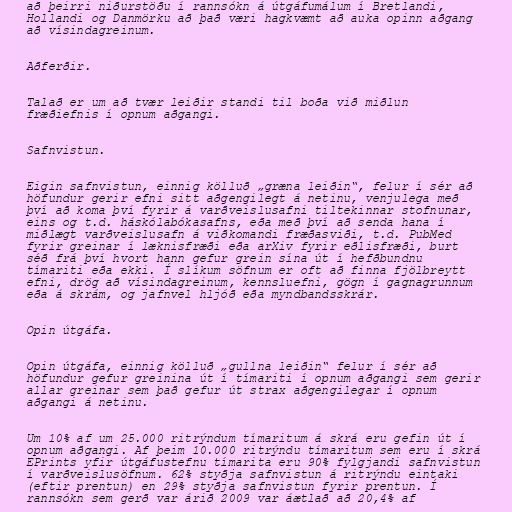
að þeirri niðurstöðu í rannsókn á útgáfumálum í Bretlandi,
Hollandi og Danmörku að það væri hagkvæmt að auka opinn aðgang
að vísindagreinum.

Aðferðir.

Talað er um að tvær leiðir standi til boða við miðlun
fræðiefnis í opnum aðgangi.

Safnvistun.

Eigin safnvistun, einnig kölluð „græna leiðin“, felur í sér að
höfundur gerir efni sitt aðgengilegt á netinu, venjulega með
því að koma því fyrir á varðveislusafni tiltekinnar stofnunar,
eins og t.d. háskólabókasafns, eða með því að senda hana í
miðlægt varðveislusafn á viðkomandi fræðasviði, t.d. PubMed
fyrir greinar í læknisfræði eða arXiv fyrir eðlisfræði, burt
séð frá því hvort hann gefur grein sína út í hefðbundnu
tímariti eða ekki. Í slíkum söfnum er oft að finna fjölbreytt
efni, drög að vísindagreinum, kennsluefni, gögn í gagnagrunnum
eða á skrám, og jafnvel hljóð eða myndbandsskrár.

Opin útgáfa.

Opin útgáfa, einnig kölluð „gullna leiðin“ felur í sér að
höfundur gefur greinina út í tímariti í opnum aðgangi sem gerir
allar greinar sem það gefur út strax aðgengilegar í opnum
aðgangi á netinu.

Um 10% af um 25.000 ritrýndum tímaritum á skrá eru gefin út í
opnum aðgangi. Af þeim 10.000 ritrýndu tímaritum sem eru í skrá
EPrints yfir útgáfustefnu tímarita eru 90% fylgjandi safnvistun
í varðveislusöfnum. 62% styðja safnvistun á ritrýndu eintaki
(eftir prentun) en 29% styðja safnvistun fyrir prentun. Í
rannsókn sem gerð var árið 2009 var áætlað að 20,4% af